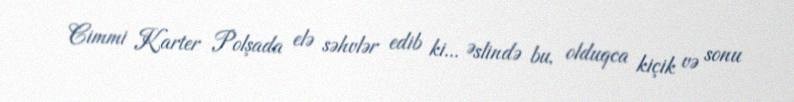
Cimmi Karter Polşada elə səhvlər edib ki... Əslində bu, olduqca kiçik və sonu